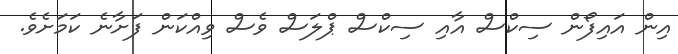
އިން އައިފޯން ސިކްސް އާއި ސިކްސް ޕްލަސް ވެސް ވިއްކަން ފަށާނެ ކަމަށެވެ.